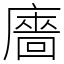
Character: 廧